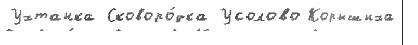
Ухтанка Сковоро́дка Усолово Корышиха